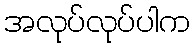
အလုပ်လုပ်ပါက